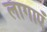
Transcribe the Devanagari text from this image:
लागाएँ